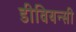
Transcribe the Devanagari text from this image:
डीवियन्सी